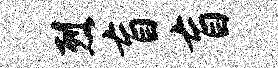
烈盲盲